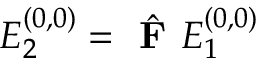
E _ { 2 } ^ { ( 0 , 0 ) } = \hat { \textbf { F } } E _ { 1 } ^ { ( 0 , 0 ) }